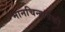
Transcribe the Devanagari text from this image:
मानचिन्हांपैकी